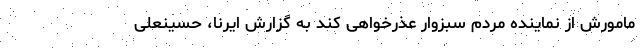
مامورش از نماینده مردم سبزوار عذرخواهی کند به گزارش ایرنا، حسینعلی